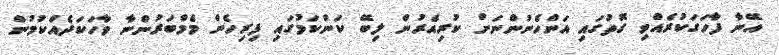
އޭނާ ފާހަގަކުރެއްވި ގޮތުގައި އަންހެނުންނަށް ކުރިއެރުން ލިބޭ ކަންކަމުގައި ފިރިހެން މެމްބަރުންނާ ވާހަކަދެއްކުމުން